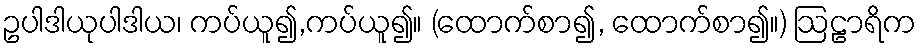
ဥပါဒါယုပါဒါယ၊ ကပ်ယူ၍,ကပ်ယူ၍။ (ထောက်စာ၍, ထောက်စာ၍။) ဩဠာရိက